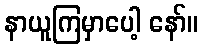
နာယူကြမှာပေါ့ နော်။